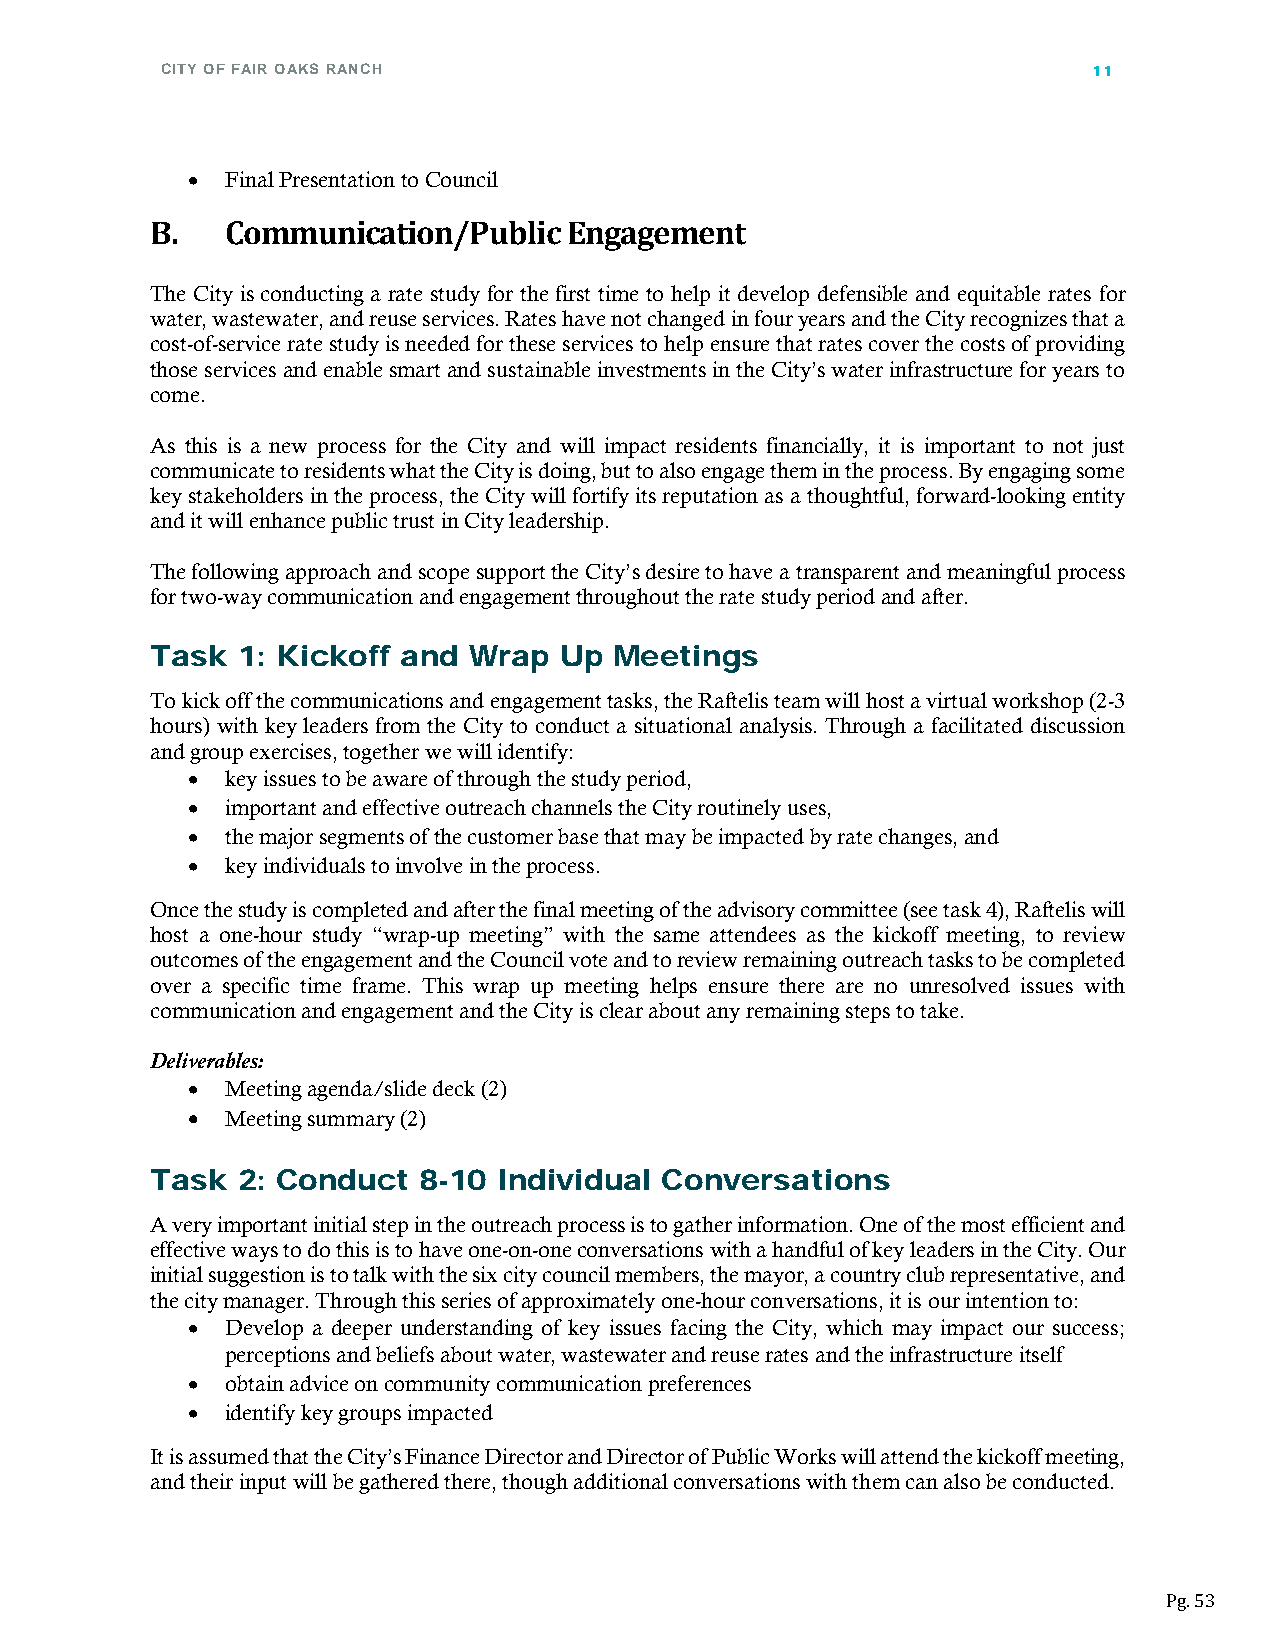
CITY OF FAIR OAKS RANCH                                      11
 •  Final Presentation to Council
 B.   Communication/Public   Engagement
 The City is conducting a rate study for the first time to help it develop defensible and equitable rates for
 water, wastewater, and reuse services. Rates have not changed in four years and the City recognizes that a
 cost-of-service rate study is needed for these services to help ensure that rates cover the costs of providing
 those services and enable smart and sustainable investments in the City’s water infrastructure for years to
 come.
 As this is a new process for the City and will impact residents financially, it is important to not just
 communicate to residents what the City is doing, but to also engage them in the process. By engaging some
 key stakeholders in the process, the City will fortify its reputation as a thoughtful, forward-looking entity
 and it will enhance public trust in City leadership.
 The following approach and scope support the City’s desire to have a transparent and meaningful process
 for two-way communication and engagement throughout the rate study period and after.
 Task  1: Kickoff and Wrap  Up  Meetings
 To kick off the communications and engagement tasks, the Raftelis team will host a virtual workshop (2-3
 hours) with key leaders from the City to conduct a situational analysis. Through a facilitated discussion
 and group exercises, together we will identify:
 •  key issues to be aware of through the study period,
 •  important and effective outreach channels the City routinely uses,
 •  the major segments of the customer base that may be impacted by rate changes, and
 •  key individuals to involve in the process.
 Once the study is completed and after the final meeting of the advisory committee (see task 4), Raftelis will
 host a one-hour study “wrap-up meeting” with the same attendees as the kickoff meeting, to review
 outcomes of the engagement and the Council vote and to review remaining outreach tasks to be completed
 over a specific time frame. This wrap up meeting helps ensure there are no unresolved issues with
 communication and engagement and the City is clear about any remaining steps to take.
 Deliverables:
 •  Meeting agenda/slide deck (2)
 •  Meeting summary (2)
 Task  2: Conduct  8-10 Individual Conversations
 A very important initial step in the outreach process is to gather information. One of the most efficient and
 effective ways to do this is to have one-on-one conversations with a handful of key leaders in the City. Our
 initial suggestion is to talk with the six city council members, the mayor, a country club representative, and
 the city manager. Through this series of approximately one-hour conversations, it is our intention to:
 •  Develop a deeper understanding of key issues facing the City, which may impact our success;
 perceptions and beliefs about water, wastewater and reuse rates and the infrastructure itself
 •  obtain advice on community communication preferences
 •  identify key groups impacted
 It is assumed that the City’s Finance Director and Director of Public Works will attend the kickoff meeting,
 and their input will be gathered there, though additional conversations with them can also be conducted.
 Pg. 53